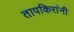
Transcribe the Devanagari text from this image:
तापकिरांनी